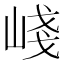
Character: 㟞